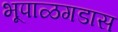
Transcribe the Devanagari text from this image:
भूपाळगडास